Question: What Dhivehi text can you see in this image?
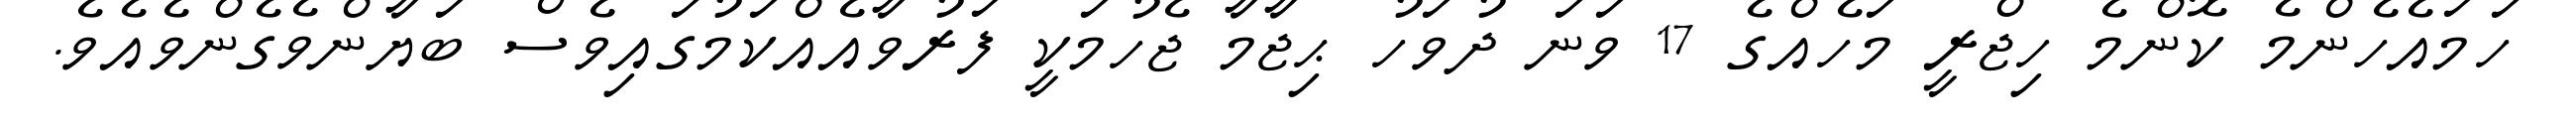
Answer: ހަމައެހެންމެ ކޮންމެ ހިޖްރީ މަހެއްގެ 17 ވަނަ ދުވަހު ޙިޖާމާ ޖެހުމަކީ ފަރުވާއެއްކަމުގައިވެސް ބަޔާންވެގެންވެއެވެ.